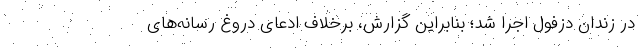
در زندان دزفول اجرا شد؛ بنابراین گزارش، برخلاف ادعای دروغ رسانه‌های